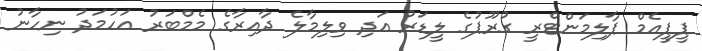
ޕީޕީއެމް ޕާލިމަންޓްރީ ގުރޫޕުގެ ލީޑަރު އަދި ވިލިމާލެ ދާއިރާގެ މެމްބަރު އަހުމަދު ނިހާނު